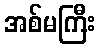
အစ်မကြီး